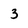
Character: 3